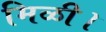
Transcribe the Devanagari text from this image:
मिळी।